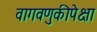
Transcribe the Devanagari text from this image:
वागवणुकीपेक्षा